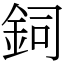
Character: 鉰